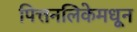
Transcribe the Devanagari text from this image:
पित्तनलिकेमधून